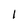
Character: 1